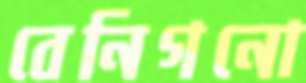
বেনিগনো